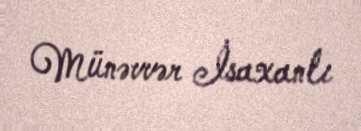
Münəvvər İsaxanlı